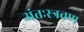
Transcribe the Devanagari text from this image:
अंतःस्त्रवण